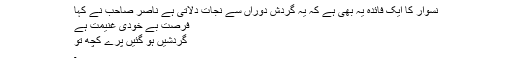
نسوار کا ایک فائدہ یہ بھی ہے کہ یہ گردش دوراں سے نجات دلاتی ہے ناصر صاحب نے کہا
فرصتِ بے خودی غنیمت ہے
گردشیں ہو گئیں پرے کچھ تو
۔